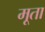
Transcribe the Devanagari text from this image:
मूता